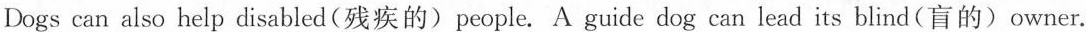
Dogs can also help disabled(残疾的)people. A guide dog can lead its blind(盲的)owner.